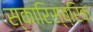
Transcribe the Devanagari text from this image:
स्कारिस्ब्रिक